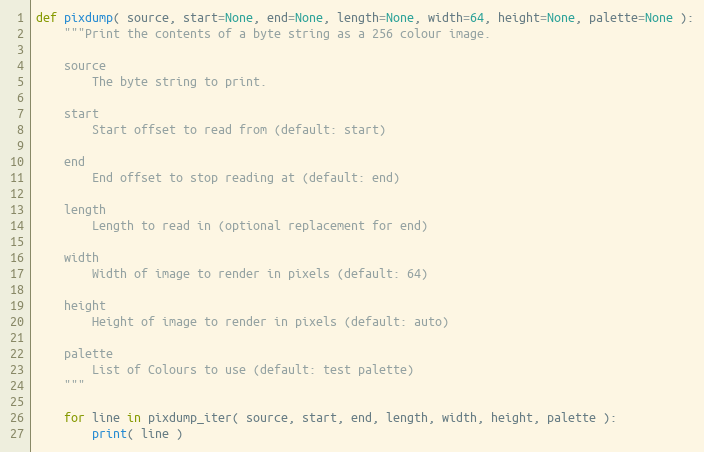
Language: Python
def pixdump( source, start=None, end=None, length=None, width=64, height=None, palette=None ):
    """Print the contents of a byte string as a 256 colour image.

    source
        The byte string to print.

    start
        Start offset to read from (default: start)

    end
        End offset to stop reading at (default: end)

    length
        Length to read in (optional replacement for end)

    width
        Width of image to render in pixels (default: 64)

    height
        Height of image to render in pixels (default: auto)

    palette
        List of Colours to use (default: test palette)
    """

    for line in pixdump_iter( source, start, end, length, width, height, palette ):
        print( line )